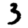
Digit: 3